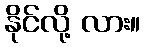
နိုင်လို့ လား။